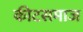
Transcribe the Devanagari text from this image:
कीटसमाज